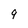
Character: 9